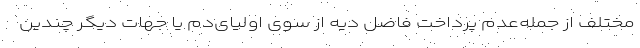
مختلف از جمله‌عدم پرداخت فاضل دیه از سوی اولیای‌دم یا جهات دیگر چندین